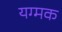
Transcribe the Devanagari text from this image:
यग्मक